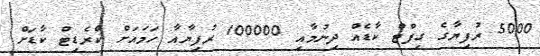
5000 ރުފިޔާގެ ގިފްޓް ކާޑެއް ދިނުމާއި 100000 ރުފިޔާއާ ހަމައަށް ކްރެޑިޓް ކާޑަށް